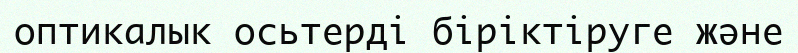
оптикалык осьтерді біріктіруге және